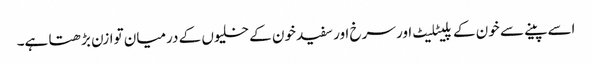
اسے پینے سے خون کے پلیٹلیٹ اور سرخ اور سفید خون کے خلیوں کے درمیان توازن بڑھتا ہے۔